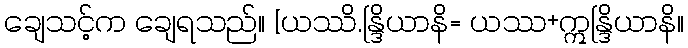
ချေသင့်က ချေရသည်။ [ယဿိ.န္ဒြိယာနိ= ယဿ+ဣန္ဒြိယာနိ။